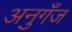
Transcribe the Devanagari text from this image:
अनुगँज